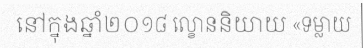
នៅក្នុងឆ្នាំ២០១៨ ល្ខោននិយាយ «ទម្លាយ